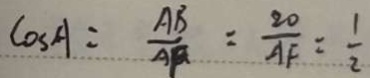
\cos A = \frac { A B } { A F } = \frac { 2 0 } { A F } = \frac { 1 } { 2 }